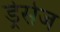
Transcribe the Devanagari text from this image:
ड्रेसेज